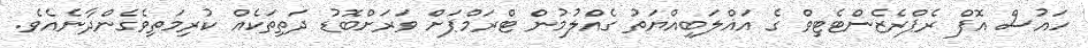
ހައުސް އޮފް ރެޕްރެޒެންޓެޓިވް ގެ އަޣްލަބިއްޔަތު ގެއްލުމުން ޓްރަމްޕަށް ވަރަށްބޮޑު ދަތިތަކެއް ކުރިމަތިވެގެންދާނެއެވެ.